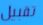
تقبيل